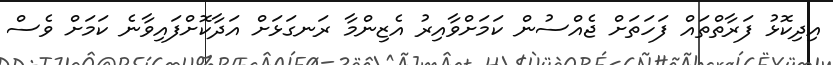
އިދިކޮޅު ފަރާތްތައް ފަހަތަށް ޖެއްސުން ކަމަށްވާއިރު އެޒިންމާ ރަނގަޅަށް އަދާކޮށްފައިވާނެ ކަމަށް ވެސް